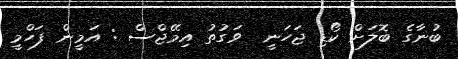
ބުނާގެ ބޮލަށް ކޯޑި ޖަހަނީ  ވަގުތު އިމޭޖްސް : އަމީން ފަހްމީ